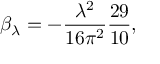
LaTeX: \beta _ { \lambda } = - \frac { \lambda ^ { 2 } } { 1 6 \pi ^ { 2 } } \frac { 2 9 } { 1 0 } ,